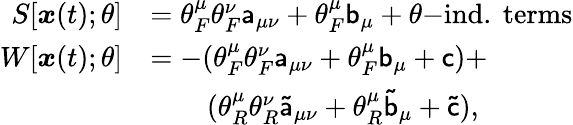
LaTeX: \begin{array}{rl}{S[{\boldsymbol{x}}(t);\theta]}&{=\theta_{F}^{\mu}\theta_{F}^{\nu}\mathsf{a}_{\mu\nu}+\theta_{F}^{\mu}\mathsf{b}_{\mu}+\theta\mathrm{-}\mathrm{ind.\ terms}}\\ {W[{\boldsymbol{x}}(t);\theta]}&{=-(\theta_{F}^{\mu}\theta_{F}^{\nu}\mathsf{a}_{\mu\nu}+\theta_{F}^{\mu}\mathsf{b}_{\mu}+\mathsf{c})+}\\ &{\quad\quad(\theta_{R}^{\mu}\theta_{R}^{\nu}\mathsf{\tilde{a}}_{\mu\nu}+\theta_{R}^{\mu}\mathsf{\tilde{b}}_{\mu}+\mathsf{\tilde{c}}),}\end{array}